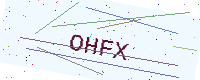
Text: OHFX